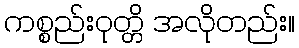
ကစ္စည်းဝုတ္တိ အလိုတည်း။